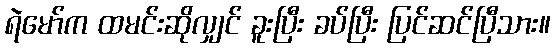
ရဲမော်က ထမင်းဆိုလျှင် ခူးပြီး ခပ်ပြီး ပြင်ဆင်ပြီသား။